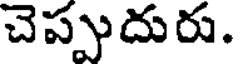
చెప్పుదురు.